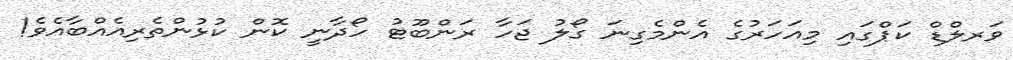
ވަރލްޑް ކަޕްގައި މިއަހަރުގެ އެންމެގިނަ ގޯލު ޖަހާ ރަންބޫޓު ހޯދާނީ ކޮން ކުޅުންތެރިއެއްބާއެވެ!